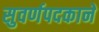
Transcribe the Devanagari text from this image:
सुवर्णपदकाने